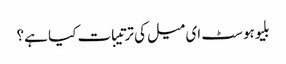
بلیوہوسٹ ای میل کی ترتیبات کیا ہے؟